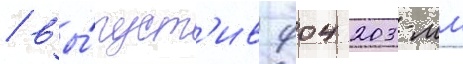
/ вы́пуст'ив 904 203-мм